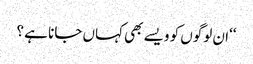
‘‘ان لوگوں کو ویسے بھی کہاں جانا ہے ؟